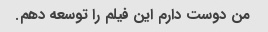
من دوست دارم این فیلم را توسعه دهم.